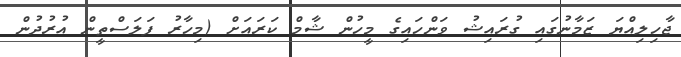
ޖާހިލިއްޔަ ޒަމާނުގައި ގުރައިޝު ވަންހައިގެ މީހުން ޝާމް ކަރައަށް (މިހާރު ފަލަސްތީން އުރުދުން